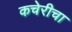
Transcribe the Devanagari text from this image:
कचेरीचा